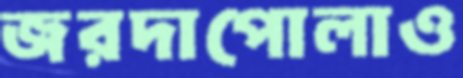
জরদাপোলাও